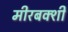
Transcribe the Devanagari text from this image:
मीरबक्शी